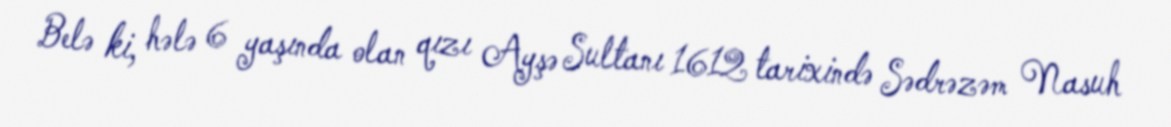
Belə ki, hələ 6 yaşında olan qızı Ayşə Sultanı 1612 tarixində Sədrəzəm Nasuh